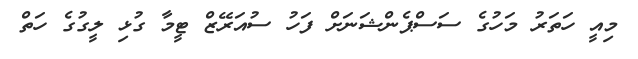
މިއީ ހަތަރު މަހުގެ ސަސްޕެންޝަނަށް ފަހު ސުއަރޭޒް ޓީމާ ގުޅި ލީގުގެ ހަތް